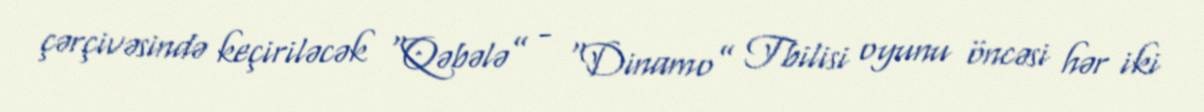
çərçivəsində keçiriləcək “Qəbələ” - “Dinamo” Tbilisi oyunu öncəsi hər iki